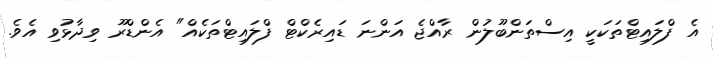
އެ ފްލައިޓްތަކަކީ އިސްތަންބޫލުން ރާއްޖެ އަންނަ ޑައިރެކްޓް ފްލައިޓްތަކެއް" އެންޑްރޫ ވިދާޅުވި އެވެ.